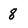
Character: 8